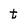
Character: t